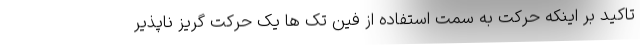
تاکید بر اینکه حرکت به سمت استفاده از فین تک ها یک حرکت گریز ناپذیر